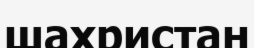
шахристан